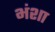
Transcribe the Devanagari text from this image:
भंशा